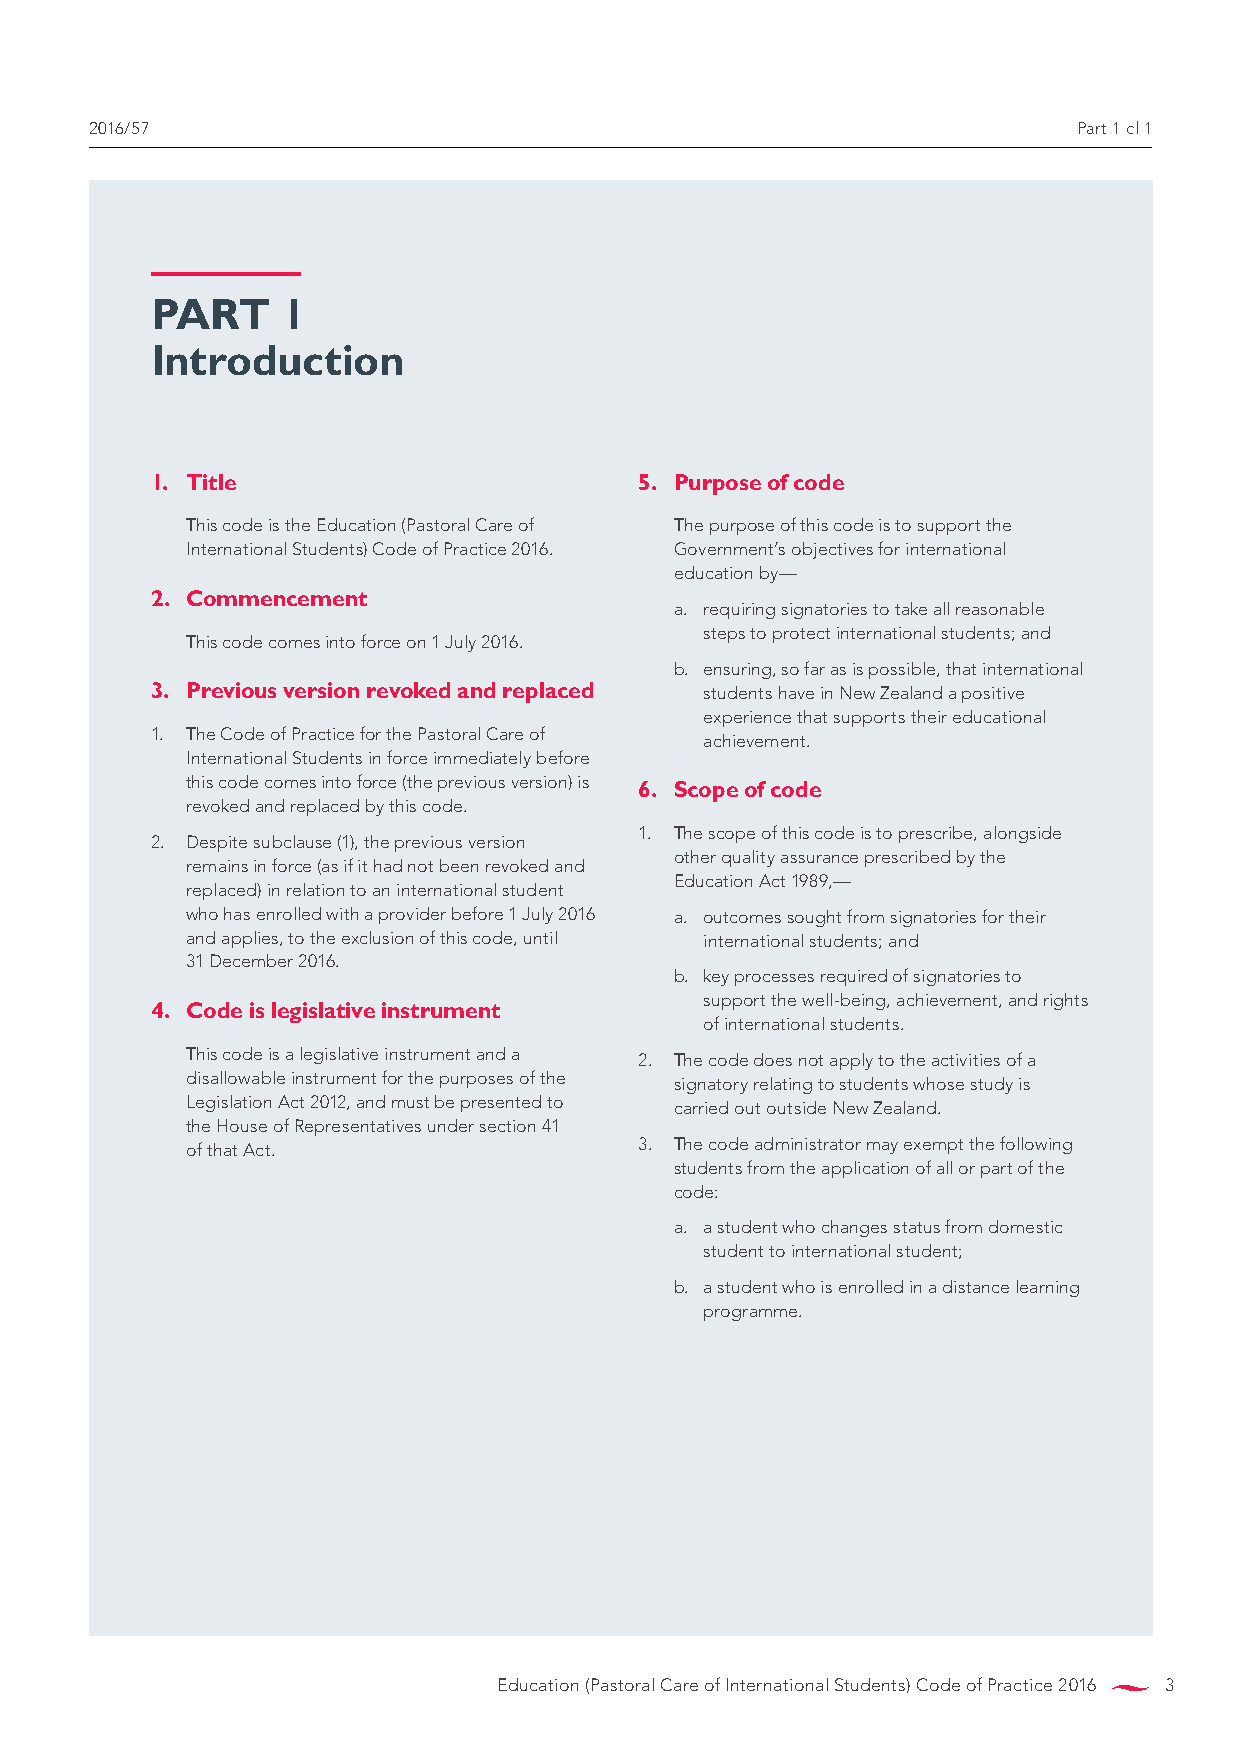
2016/57                                                          Part 1 cl 1
 PART     1
 Introduction
 1. Title                        5. Purpose of code
 This code is the Education (Pastoral Care of The purpose of this code is to support the
 international Students) Code of Practice 2016. Government’s objectives for international
 education by—
 2. Commencement
 a. requiring signatories to take all reasonable
 steps to protect international students; and
 This code comes into force on 1 July 2016.
 b. ensuring, so far as is possible, that international
 3. Previous version revoked and replaced students have in New Zealand a positive
 experience that supports their educational
 1. The Code of Practice for the Pastoral Care of
 achievement.
 international Students in force immediately before
 this code comes into force (the previous version) is 6. Scope of code
 revoked and replaced by this code.
 1. The scope of this code is to prescribe, alongside
 2. Despite subclause (1), the previous version
 other quality assurance prescribed by the
 remains in force (as if it had not been revoked and
 Education Act 1989,—
 replaced) in relation to an international student
 who has enrolled with a provider before 1 July 2016 a. outcomes sought from signatories for their
 and applies, to the exclusion of this code, until international students; and
 31 December 2016.
 b. key processes required of signatories to
 support the well-being, achievement, and rights
 4. Code is legislative instrument
 of international students.
 This code is a legislative instrument and a 2. The code does not apply to the activities of a
 disallowable instrument for the purposes of the signatory relating to students whose study is
 Legislation Act 2012, and must be presented to carried out outside New Zealand.
 the House of Representatives under section 41
 of that Act.                  3. The code administrator may exempt the following
 students from the application of all or part of the
 code:
 a. a student who changes status from domestic
 student to international student;
 b. a student who is enrolled in a distance learning
 programme.
 Education (Pastoral Care of International Students) Code of Practice 2016 3